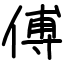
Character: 傅